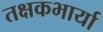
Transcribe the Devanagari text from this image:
तक्षकभार्या